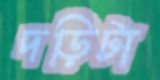
দড়িটা